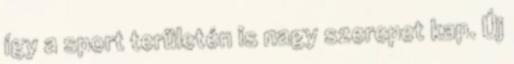
így a sport területén is nagy szerepet kap. Új